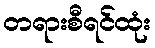
တရားစီရင်ထုံး